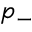
p _ { - }